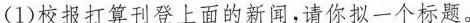
(1)校报打算刊登上面的新闻，请你拟一个标题。